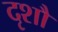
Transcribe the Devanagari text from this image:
दृशौ